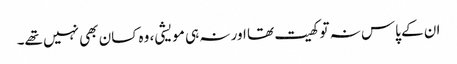
ان کے پاس نہ تو کھیت تھا اور نہ ہی مویشی، وہ کسان بھی نہیں تھے۔